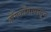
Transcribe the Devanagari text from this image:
हाँगकाँगापासून